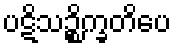
ပဋိသဉ္စိက္ခတိပေ